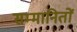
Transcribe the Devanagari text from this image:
सम्मानितों